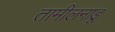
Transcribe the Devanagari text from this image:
तामीलनाडू